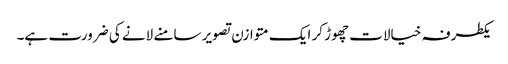
یکطرفہ خیالات چھوڑ کر ایک متوازن تصویر سامنے لانے کی ضرورت ہے۔